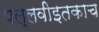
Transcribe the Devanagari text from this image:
पल्लवीइतकाच